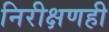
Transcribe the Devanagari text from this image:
निरीक्षणही